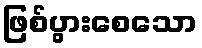
ဖြစ်ပွားစေသော